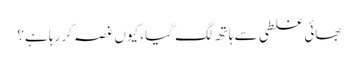
بھائی غلطی سے ہاتھ لگ گیا، کیوں غصہ کر رہا ہے؟